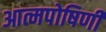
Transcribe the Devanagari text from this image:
आत्मपोषिणी